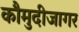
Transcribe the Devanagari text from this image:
कौमुदीजागर